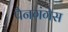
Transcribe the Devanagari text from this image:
पैनगंगेस